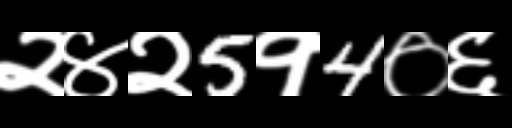
Text: २४२5१4०६